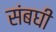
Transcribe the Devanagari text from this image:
संबघी